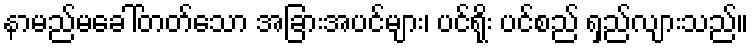
နာမည်မခေါ်တတ်သော အခြားအပင်များ၊ ပင်ရိုး ပင်စည် ရှည်လျားသည်။